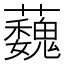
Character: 蘶